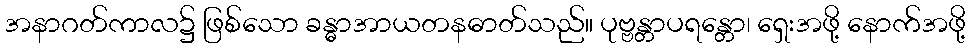
အနာဂတ်ကာလ၌ ဖြစ်သော ခန္ဓာအာယတနဓာတ်သည်။ ပုဗ္ဗန္တာပရန္တော၊ ရှေးအဖို့ နောက်အဖို့